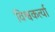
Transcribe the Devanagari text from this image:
विश्वकर्त्या